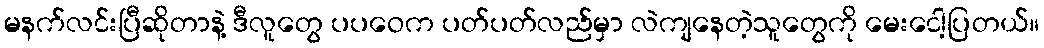
မနက်လင်းပြီဆိုတာနဲ့ ဒီလူတွေ ပပဝေက ပတ်ပတ်လည်မှာ လဲကျနေတဲ့သူတွေကို မေးငေါ့ပြတယ်။